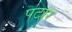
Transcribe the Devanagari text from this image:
पटार